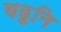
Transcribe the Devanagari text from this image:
चढुनि